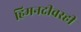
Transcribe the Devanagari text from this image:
हिमनदीवरही